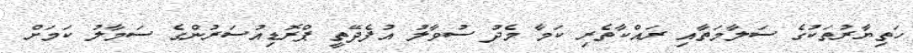
ހަތިޔާރުތަކުގެ ސަލާމަތާއި ރައްކާތެރި ކަމާ މެދު ސުވާލު އުފެދޭތީ ޕްރޮޑިއުސަރުންގެ ސަމާލު ކަމަށް